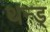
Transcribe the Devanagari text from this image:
थन्ड्